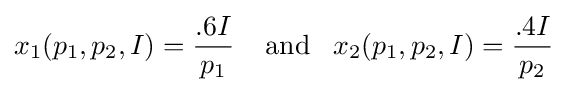
x_{1}(p_{1},p_{2},I)={\frac {.6I}{p_{1}}}\;\;\;\;{\rm {and}}\;\;\;x_{2}(p_{1},p_{2},I)={\frac {.4I}{p_{2}}}